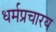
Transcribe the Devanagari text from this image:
धर्मप्रचारय